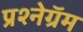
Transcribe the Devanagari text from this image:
प्रश्नेग्रॅम